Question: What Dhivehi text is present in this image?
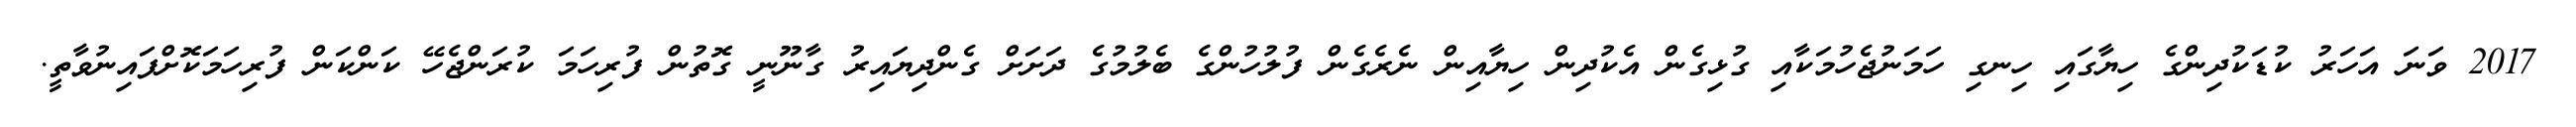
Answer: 2017 ވަނަ އަހަރު ކުޑަކުދިންގެ ހިޔާގައި ހިނގި ހަމަނުޖެހުމަކާއި ގުޅިގެން އެކުދިން ހިޔާއިން ނެރެގެން ފުލުހުންގެ ބެލުމުގެ ދަށަށް ގެންދިޔައިރު ގާނޫނީ ގޮތުން ފުރިހަމަ ކުރަންޖެހޭ ކަންކަން ފުރިހަމަކޮށްފައިނުވާތީ.